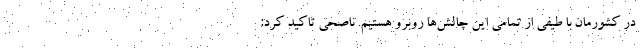
در کشورمان با طیفی از تمامی این چالش‌ها روبرو هستیم. ناصحی تاکید کرد: